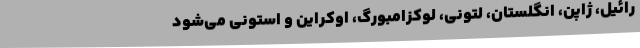
رائیل، ژاپن، انگلستان، لتونی، لوکزامبورگ، اوکراین و استونی می‌شود